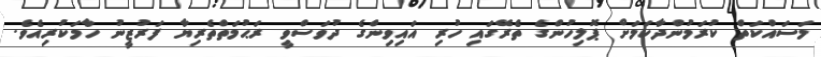
މަސައްކަތް ކުރަމުންދާކަމަށް ޕޮލިހުންގެ ތެރޭގައި ހުރި އައިވިންގެ ދުވަސްވީ ރަޙުމަތްތެރިޔާ ފަރުޒީނު ހާމަކުރިއެވެ.